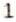
1